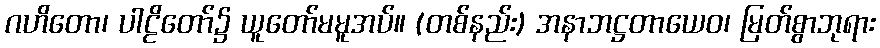
ဂဟိတော၊ ပါဠိတော်၌ ယူတော်မမူအပ်။ (တစ်နည်း) အနာဘဋ္ဌတာယေဝ၊ မြတ်စွာဘုရား